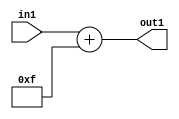
`timescale 1ps / 1ps
/*****************************************************************************
    Verilog RTL Description
    
    
    Created by: Stratus DpOpt 21.05.01 
*******************************************************************************/

module SobelFilter_Add_6U_27_1 (
	in1,
	out1
	); /* architecture "behavioural" */ 
input [5:0] in1;
output [5:0] out1;
wire [5:0] asc001;

assign asc001 = 
	+(in1)
	+(6'B001111);

assign out1 = asc001;
endmodule

/* CADENCE  urj4SQ4= : u9/ySxbfrwZIxEzHVQQV8Q== ** DO NOT EDIT THIS LINE ******/